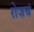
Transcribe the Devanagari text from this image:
रोजचं